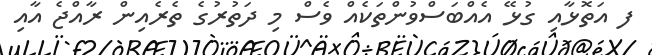
ފ އަތޮޅާއި ގުޅޭ އެއްބަސްވުންތަކެއް ވެސް މި ދަތުރުގެ ތެރެއިން ރާއްޖެ އާއި